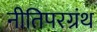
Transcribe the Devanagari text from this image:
नीतिपरग्रंथ